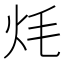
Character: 𭴎